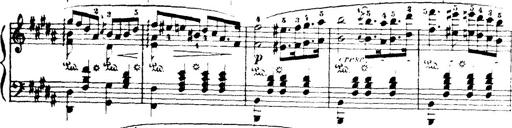
Title: Wagner-Liszt Album
Composer: Franz Liszt